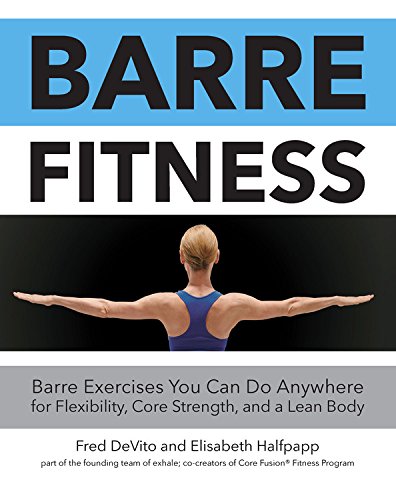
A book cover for Barre Fitness: Barre Exercises You Can Do Anywhere for Flexibility, Core Strength, and a Lean Body; Fred DeVito; Humor & Entertainment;